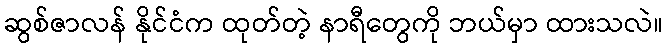
ဆွစ်ဇာလန် နိုင်ငံက ထုတ်တဲ့ နာရီတွေကို ဘယ်မှာ ထားသလဲ။